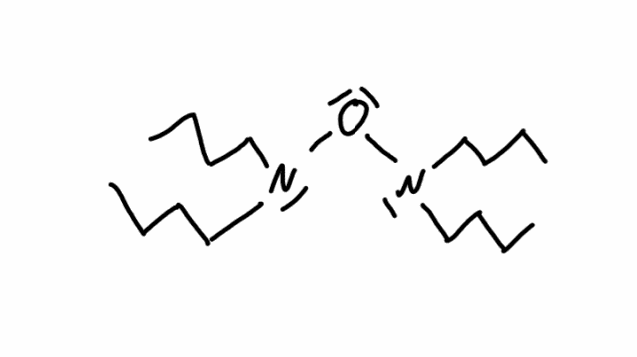
Simplified molecular-input line-entry system (SMILES) notation of the given molecule:
CCCCN(CCCC)ON(CCCC)CCCC